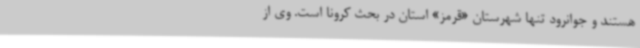
هستند و جوانرود تنها شهرستان «قرمز» استان در بحث کرونا است. وی از